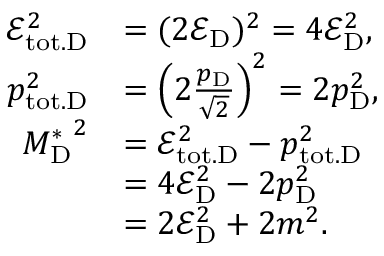
\begin{array} { r l } { \mathcal { E } _ { \mathrm { t o t . D } } ^ { 2 } } & { = ( 2 \mathcal { E } _ { \mathrm { D } } ) ^ { 2 } = 4 \mathcal { E } _ { \mathrm { D } } ^ { 2 } , } \\ { p _ { \mathrm { t o t . D } } ^ { 2 } } & { = \Big ( 2 \frac { p _ { \mathrm { D } } } { \sqrt 2 } \Big ) ^ { 2 } = 2 p _ { \mathrm { D } } ^ { 2 } , } \\ { { M _ { \mathrm { D } } ^ { * } } ^ { 2 } } & { = \mathcal { E } _ { \mathrm { t o t . D } } ^ { 2 } - p _ { \mathrm { t o t . D } } ^ { 2 } } \\ & { = 4 \mathcal { E } _ { \mathrm { D } } ^ { 2 } - 2 p _ { \mathrm { D } } ^ { 2 } } \\ & { = 2 \mathcal { E } _ { \mathrm { D } } ^ { 2 } + 2 m ^ { 2 } . } \end{array}